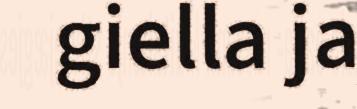
giella ja